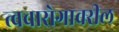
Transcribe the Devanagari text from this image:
त्वचारोगावरील